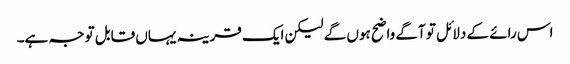
اس رائے کے دلائل تو آگے واضح ہوں گے لیکن ایک قرینہ یہاں قابل توجہ ہے۔